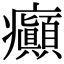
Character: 癲